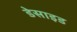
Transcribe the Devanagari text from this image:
डेसाइड